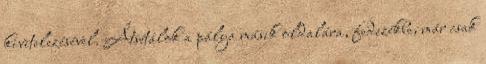
kivitelezésével. Átsétálok a pálya másik oldalára, fedezékbe, már csak